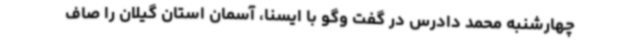
چهارشنبه محمد دادرس در گفت وگو با ایسنا، آسمان استان گیلان را صاف